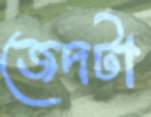
জেদটা